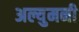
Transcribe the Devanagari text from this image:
अल्युमनी